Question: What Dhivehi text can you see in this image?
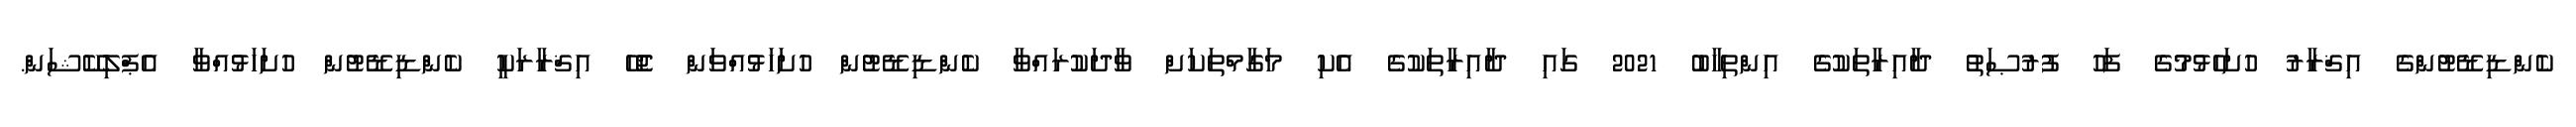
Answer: ކެންޑިޑޭޓުންގެ އިޤްރާރު ހުށަހެޅުމުގެ ފަހު ފުރުޞަތު ދާއިރާތަކުގެ އިންތިހާބު 2021 ގައި ދާއިރާތަކުގެ އެކި މަގާމްތަކަށް ވާދަކުރައްވާ ކެންޑިޑޭޓުން ހުށަހަޅުއްވަން ޖެހޭ އިޤްރާރަކީ ކެންޑިޑޭޓުން ހުށަހަޅުއްވާ އެޕްލިކޭޝަން.